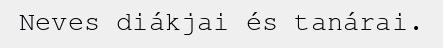
Neves diákjai és tanárai.